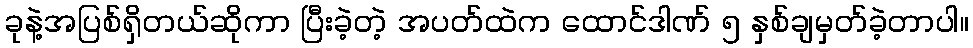
ခုနဲ့အပြစ်ရှိတယ်ဆိုကာ ပြီးခဲ့တဲ့ အပတ်ထဲက ထောင်ဒါဏ် ၅ နှစ်ချမှတ်ခဲ့တာပါ။